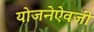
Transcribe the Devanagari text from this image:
योजनेऐवजी